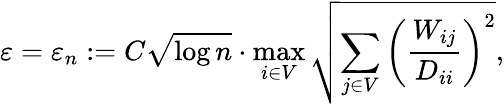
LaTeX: \varepsilon=\varepsilon_{n}:=C\sqrt{\log n}\cdot\operatorname*{max}_{i\in V}\sqrt{\sum_{j\in V}\left(\frac{W_{ij}}{D_{ii}}\right)^{2}},